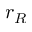
r _ { R }